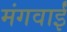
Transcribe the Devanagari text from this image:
मंगवाईं